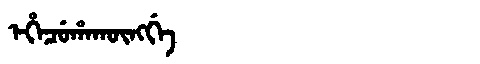
Manchu: ᡝᡥᡝᠴᡠᡥᠠᡴᡡᠩᡤᡝ
Romanization: EHECUHAKŪNGGE